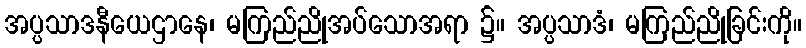
အပ္ပသာဒနီယေဌာနေ၊ မကြည်ညိုအပ်သောအရာ ၌။ အပ္ပသာဒံ၊ မကြည်ညိုခြင်းကို။